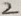
Text: 2